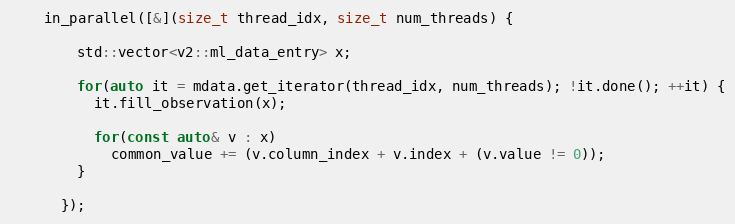
Language: C++
    in_parallel([&](size_t thread_idx, size_t num_threads) {

        std::vector<v2::ml_data_entry> x;

        for(auto it = mdata.get_iterator(thread_idx, num_threads); !it.done(); ++it) {
          it.fill_observation(x);

          for(const auto& v : x)
            common_value += (v.column_index + v.index + (v.value != 0));
        }

      });